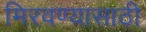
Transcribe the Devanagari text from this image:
मिरवण्यासाठी